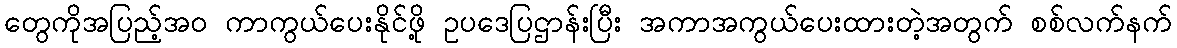
တွေကိုအပြည့်အဝ ကာကွယ်ပေးနိုင်ဖို့ ဥပဒေပြဌာန်းပြီး အကာအကွယ်ပေးထားတဲ့အတွက် စစ်လက်နက်